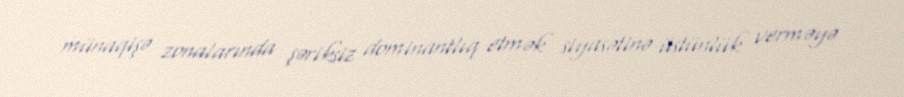
münaqişə zonalarında şəriksiz dominantlıq etmək siyasətinə üstünlük verməyə